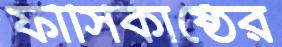
ফাঁসিকাষ্ঠের